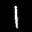
Label: 1